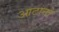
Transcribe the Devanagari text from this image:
आटानो